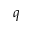
q